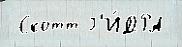
 Скотт Г'И́ДРА